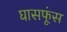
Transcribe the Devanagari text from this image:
घासफूंस